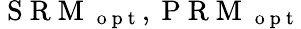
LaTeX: \mathrm{~S~R~M~}_{\mathrm{~o~p~t~}},\mathrm{~P~R~M~}_{\mathrm{~o~p~t~}}